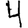
Digit: 4